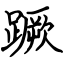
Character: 蹶